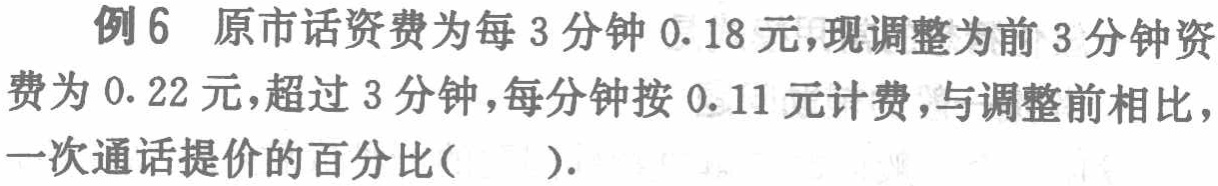
例6 原市话资费为每3分钟0.18元，现调整为前3分钟资费为0.22元，超过3分钟，每分钟按0.11元计费，与调整前相比，一次通话提价的百分比( ).